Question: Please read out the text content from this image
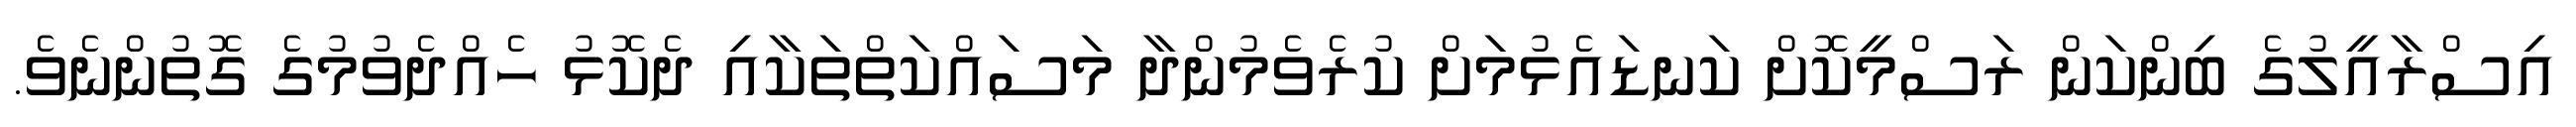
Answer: އިސްރާއީލުގެ ބިންކަން ރަސްމީކޮށް ކަނޑައެޅުމަށް ކުރެވެމުންދާ މަސައްކަތްތަކާއި ދެކޮޅު ހެއްދެވުމުގެ ގޮތުންނެވެ.